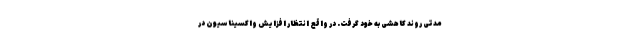
مدتی روند کاهشی به خود گرفت. در واقع انتظار افزایش واکسیناسیون در